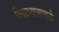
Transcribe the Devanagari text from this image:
विद्याभ्यासासाठी